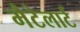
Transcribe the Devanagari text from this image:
मैटेलार्ट